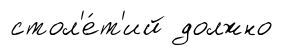
стол'е́т'ий должно